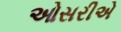
ઓસરીએ